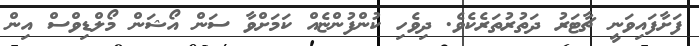
ފަށާފައިވަނީ ޗާޓަރު ދަތުރުތަރެކެވެ. ދިވެހި ކުންފުންޏެއް ކަމަށްވާ ސަން އޯޝަން މޯލްޑިވްސް އިން